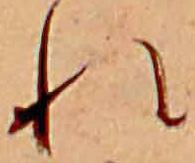
れ